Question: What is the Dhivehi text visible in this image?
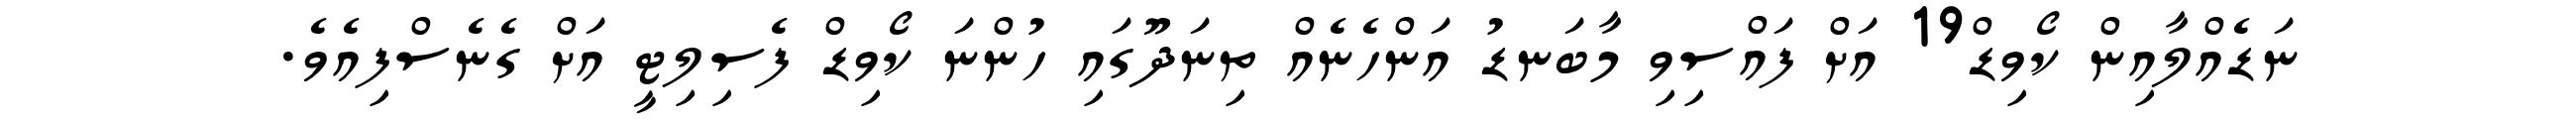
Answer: ނަޑެއްލާއިން ކޯވިޑް19 އަށް ފައްސިވި މާބަނޑު އަންހެނެއް ތިނަދޫގައި ހުންނަ ކޯވިޑް ފެސިލިޓީ އަށް ގެނެސްފިއެވެ.